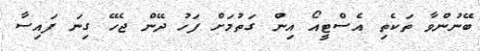
ބޭނުންވާ ތަކެތި އެސްޓީއޯ އިން ގަތުމަށް ފަހު ދޭން ޖެހޭ ގިނަ ފައިސާ